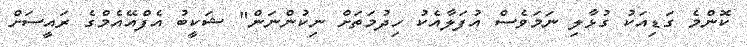
ކޮންމެ ގަޑިއަކު ގުޅާލި ނަމަވެސް އުފަލާއެކު ހިދުމަތަށް ނިކުންނަން" ޝަކީބު އެފްއޭއެމްގެ ރައީސަށް